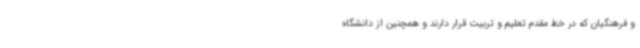
و فرهنگیان که در خط مقدم تعلیم و تربیت قرار دارند و همچنین از دانشگاه